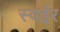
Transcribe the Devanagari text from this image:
स्वईर